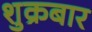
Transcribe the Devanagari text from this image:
शुक्रबार